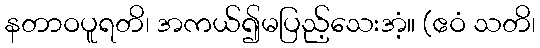
နတာဝပူရတိ၊ အကယ်၍မပြည့်သေးအံ့။ (ဧဝံ သတိ၊